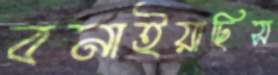
বনাইয়াছিস